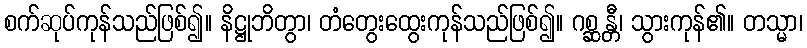
စက်ဆုပ်ကုန်သည်ဖြစ်၍။ နိဋ္ဌုဘိတွာ၊ တံတွေးထွေးကုန်သည်ဖြစ်၍။ ဂစ္ဆန္တီ၊ သွားကုန်၏။ တသ္မာ၊